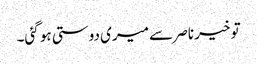
تو خیر ناصر سے میری دوستی ہو گئی۔